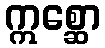
ဣစ္ဆော